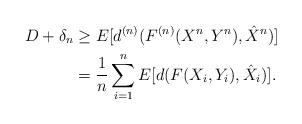
LaTeX: \begin{align*}D + \delta_n &\geq E[d^{(n)}(F^{(n)}(X^n,Y^n),\hat{X}^n)] \\&= \frac{1}{n}\sum_{i=1}^n E[d(F(X_i,Y_i),\hat{X}_i)].\end{align*}